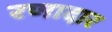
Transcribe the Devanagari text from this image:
रणादार